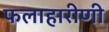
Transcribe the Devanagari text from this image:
फलाहारीणी